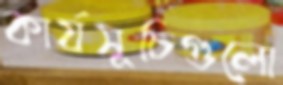
কার্যসূচিগুলো